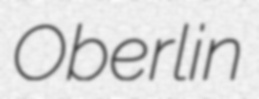
Oberlin